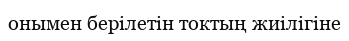
онымен берілетін токтың жиілігіне